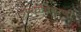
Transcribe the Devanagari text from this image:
औषधविवरणी